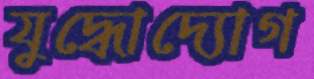
যুদ্ধোদ্যোগ